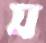
য